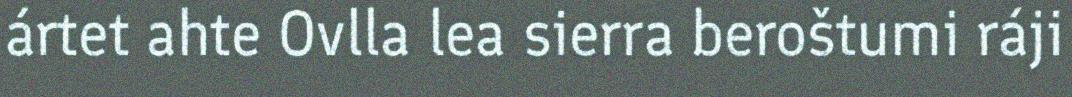
ártet ahte Ovlla lea sierra beroštumi ráji